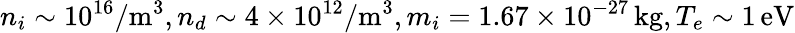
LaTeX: n_{i}\sim 10^{16}/\textrm{m}^{3},n_{d}\sim 4\times 10^{12}/\textrm{m}^{3},m_{i}=1.67\times 10^{-27}\, \textrm{kg},T_{e}\sim 1\, \textrm{eV}